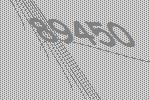
89450